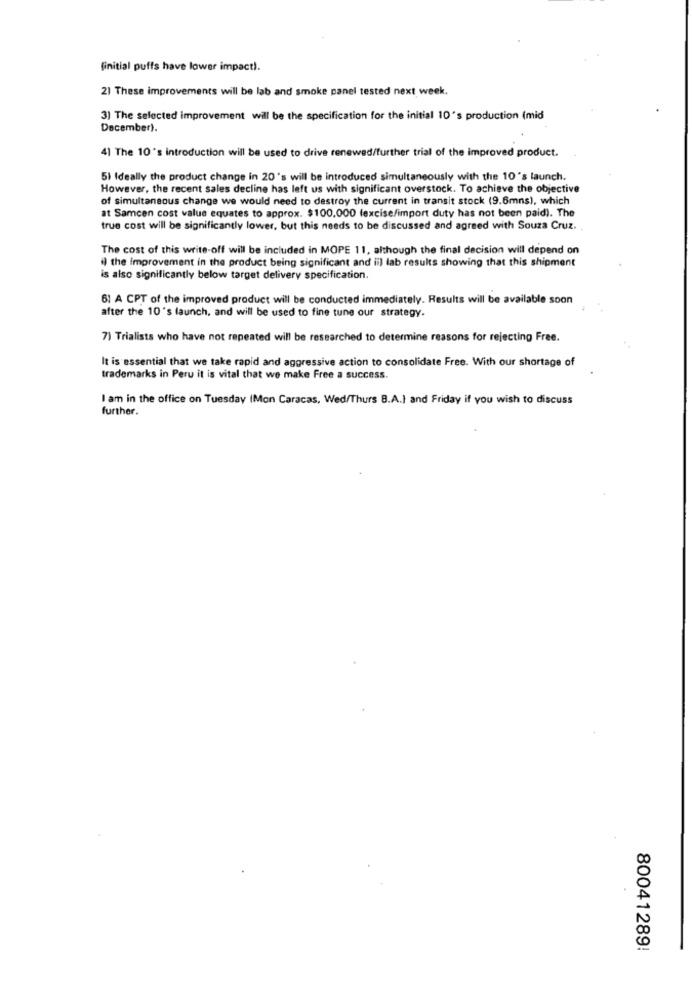
finitial puffs have lower impact).
21 These improvements will be lab and smoke panel tested next week.
3) The selected improvement will be the specification for the initial 10's production (mid
December).
41 The 10's introduction will be used to drive renewed/further trial of the improved product.
5) Ideally the product change in 20 's will be introduced simultaneously with the 10's launch.
However, the recent sales decline has left us with significant overstock. To achieve the objective
of simultaneous change we would need to destroy the current in transit stock (9.6mns), which
at Samcen cost value equates to approx. $100,000 (excise/import duty has not been paid). The
true cost will be significantly lower, but this needs to be discussed and agreed with Souza Cruz ..
The cost of this write-off will be included in MOPE 11, although the final decision will depend on
il the improvement in the product being significant and ii) lab results showing that this shipment
is also significantly below target delivery specification.
61 A CPT of the improved product will be conducted immediately. Results will be available soon
after the 10's launch, and will be used to fine tune our strategy.
7) Trialists who have not repeated will be researched to determine reasons for rejecting Free.
It is essential that we take rapid and aggressive action to consolidate Free. With our shortage of
trademarks in Peru it is vital that we make Free a success.
I am in the office on Tuesday (Mon Caracas, Wed/Thurs B.A.) and Friday if you wish to discuss
further.
80041289!